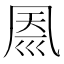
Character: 𠙗